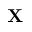
\textbf { X }